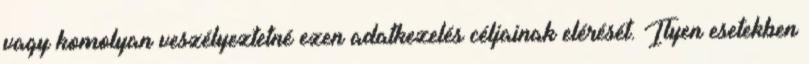
vagy komolyan veszélyeztetné ezen adatkezelés céljainak elérését. Ilyen esetekben